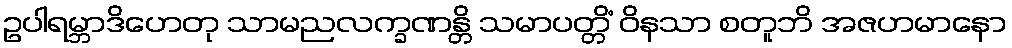
ဥပါရမ္ဘာဒိဟေတု သာမညလက္ခဏန္တိ သမာပတ္တိံ ဝိနသာ စတူဘိ အဇဟမာနော